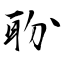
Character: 聁